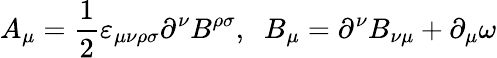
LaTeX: A_{\mu}=\frac{1}{2}{\varepsilon}_{\mu\nu\rho\sigma}\partial^{\nu}B^{\rho\sigma},\; \; B_{\mu}=\partial^{\nu}B_{\nu\mu}+\partial_{\mu}\omega